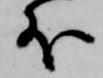
外